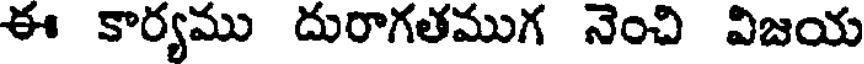
ఈ కార్యము దురాగతముగ నెంచి విజయ